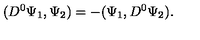
( D ^ { 0 } \Psi _ { 1 } , \Psi _ { 2 } ) = - ( \Psi _ { 1 } , D ^ { 0 } \Psi _ { 2 } ) .